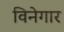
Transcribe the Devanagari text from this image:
विनेगार